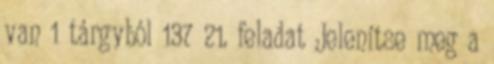
van 1 tárgyból 137 21. feladat Jelenítse meg a